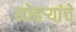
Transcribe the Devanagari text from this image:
मोहऱ्यांचे